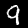
Label: 9